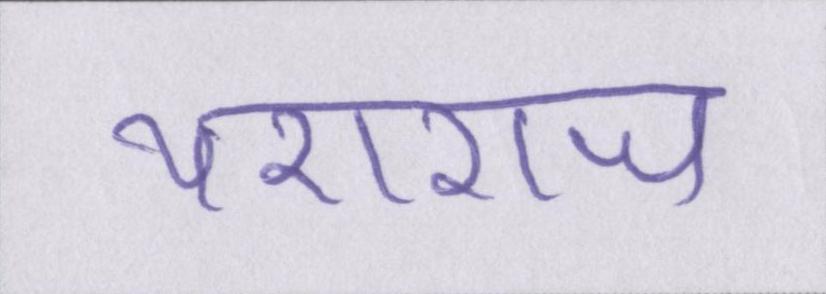
यशराज